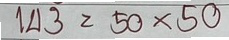
143 = 50x50